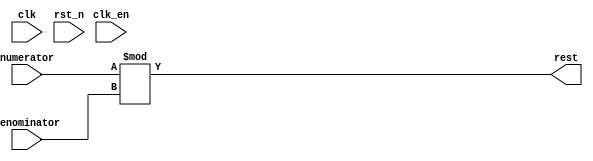
`timescale 1 ps/1 ps

module resto (
	input clk,    // Clock
	input clk_en, // Clock Enable
	input rst_n,  // Asynchronous reset active low
	input [31:0] numerator,
	input [31:0] denominator,
	output [31:0] rest
	
);

	assign rest = numerator % denominator;



endmodule